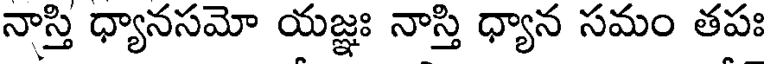
నాస్తి ధ్యానసమో యజ్ఞః నాస్తి ధ్యాన సమం తపః